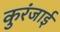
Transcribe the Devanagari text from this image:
कुरंजाई